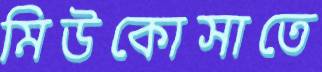
মিউকোসাতে